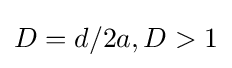
{\textstyle D=d/2a,D>1}